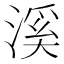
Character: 溪